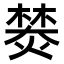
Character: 𤍾